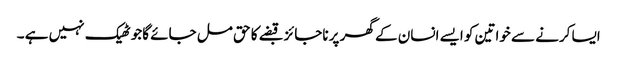
ایسا کرنے سے خواتین کو ایسے انسان کے گھر پر ناجائز قبضے کا حق مل جائے گاجو ٹھیک نہیں ہے ۔